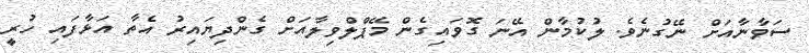
ސަވާނާއަށް ނޭގުނެވެ. ލުކުމާން އޭނަ ގޮވައިގެން މޭޕްލްވިލާއަށް ގެންދިޔައިރު އެތާ އަޅާފައި ހުރީ